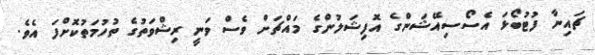
ޗައިނާ ފުޓުބޯޅަ އެސޯސިއޭޝަންގެ އޮފިޝަލުންގެ މައްޗަށް ވެސް ވަނީ ރިޝްވަތުގެ ތުހުމަތުކޮށްފަ އެވެ.